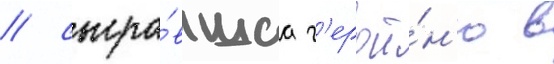
/ сыгра́вшаа г'ерои́н'ю в